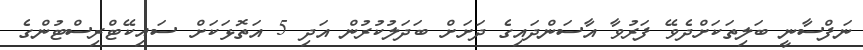
ނަފްސާނީ ބަލިތަކަށްދެވޭ ފަރުވާ އާސަންދައިގެ ދަށަށް ބަދަލުކުރުން އަދި 5 އަތޮޅަކަށް ސައިކޭޓްރިސްޓުންގެ